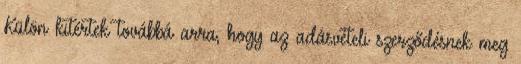
Külön kitértek továbbá arra, hogy az adásvételi szerződésnek meg